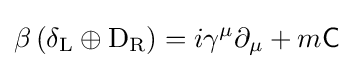
\beta \left(\delta _{\rm {L}}\oplus \mathrm {D} _{\rm {R}}\right)=i\gamma ^{\mu }\partial _{\mu }+m{\mathsf {C}}